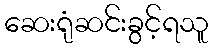
ဆေးရုံဆင်းခွင့်ရသူ